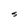
Character: S